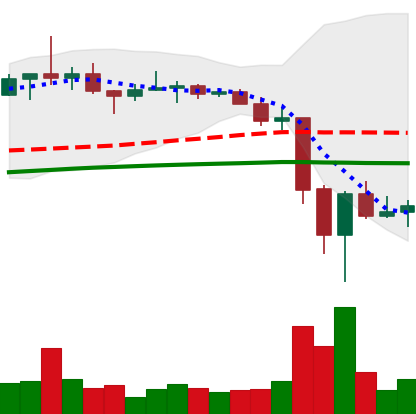
Ticker: TRX-USD
Chart end date: 2022-06-18
Forward return: 4.635%
Label: up_3_5